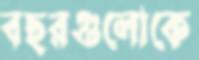
বছরগুলোকে